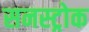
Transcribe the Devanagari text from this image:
सनस्ट्रोक